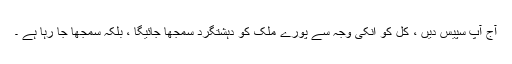
آج آپ سپیس دیں ، کل کو انکی وجہ سے پورے ملک کو دہشتگرد سمجھا جائیگا ، بلکہ سمجھا جا رہا ہے ۔